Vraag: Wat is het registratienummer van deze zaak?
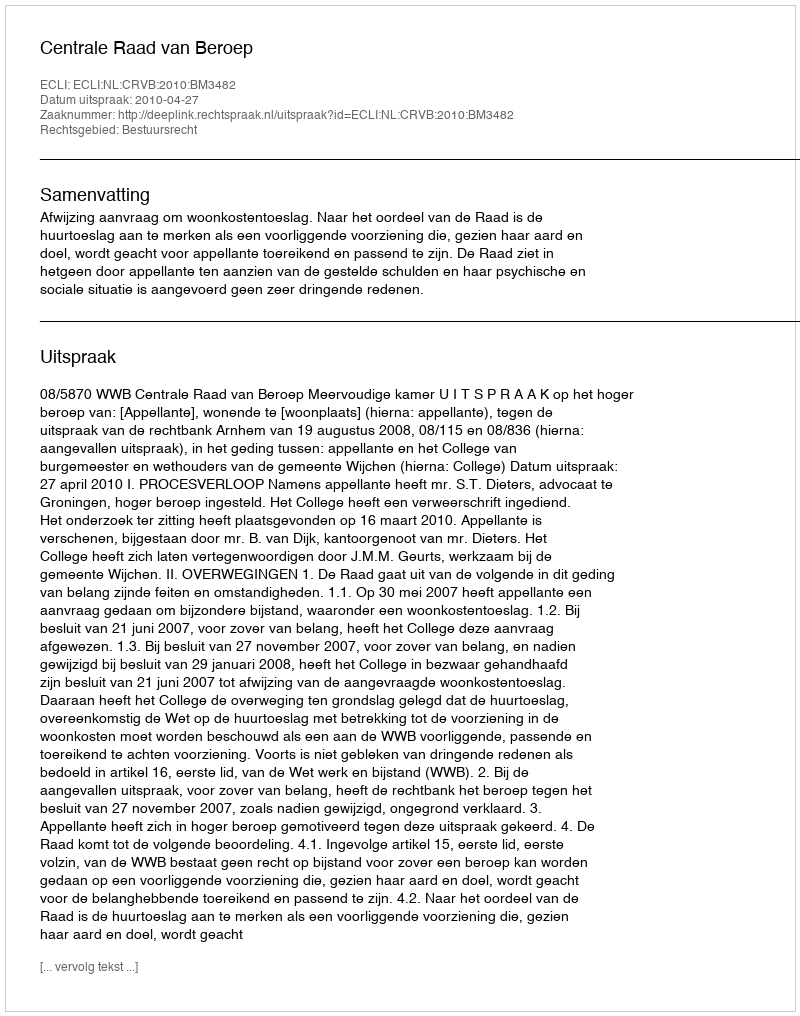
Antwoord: http://deeplink.rechtspraak.nl/uitspraak?id=ECLI:NL:CRVB:2010:BM3482